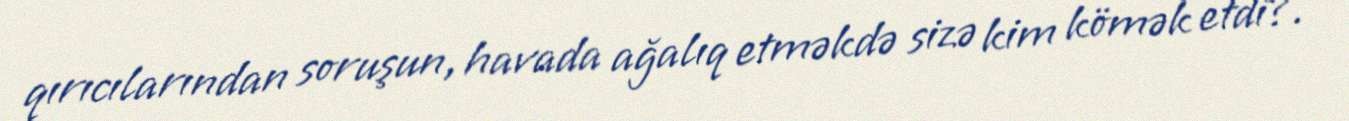
qırıcılarından soruşun, havada ağalıq etməkdə sizə kim kömək etdi?.